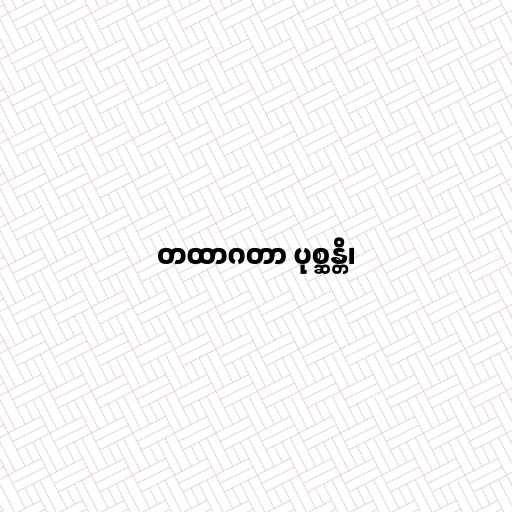
တထာဂတာ ပုစ္ဆန္တိ၊